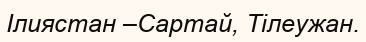
Ілиястан –Сартай, Тілеужан.